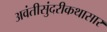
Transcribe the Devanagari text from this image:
अवंतीसुंदरीकथासार